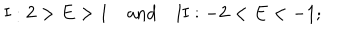
\mathrm { I } : 2 > E > 1 \quad \mathrm { a n d } \quad \mathrm { I I } : - 2 < E < - 1 ;